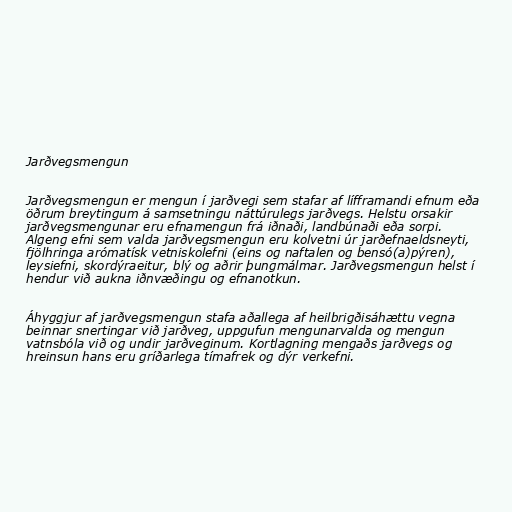
Jarðvegsmengun

Jarðvegsmengun er mengun í jarðvegi sem stafar af lífframandi efnum eða
öðrum breytingum á samsetningu náttúrulegs jarðvegs. Helstu orsakir
jarðvegsmengunar eru efnamengun frá iðnaði, landbúnaði eða sorpi.
Algeng efni sem valda jarðvegsmengun eru kolvetni úr jarðefnaeldsneyti,
fjölhringa arómatísk vetniskolefni (eins og naftalen og bensó(a)pýren),
leysiefni, skordýraeitur, blý og aðrir þungmálmar. Jarðvegsmengun helst í
hendur við aukna iðnvæðingu og efnanotkun.

Áhyggjur af jarðvegsmengun stafa aðallega af heilbrigðisáhættu vegna
beinnar snertingar við jarðveg, uppgufun mengunarvalda og mengun
vatnsbóla við og undir jarðveginum. Kortlagning mengaðs jarðvegs og
hreinsun hans eru gríðarlega tímafrek og dýr verkefni.